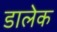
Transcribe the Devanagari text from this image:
डालेक